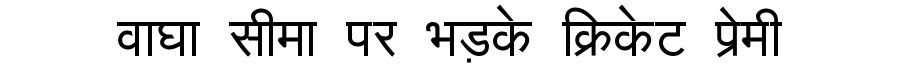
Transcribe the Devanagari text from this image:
वाघा सीमा पर भड़के क्रिकेट प्रेमी